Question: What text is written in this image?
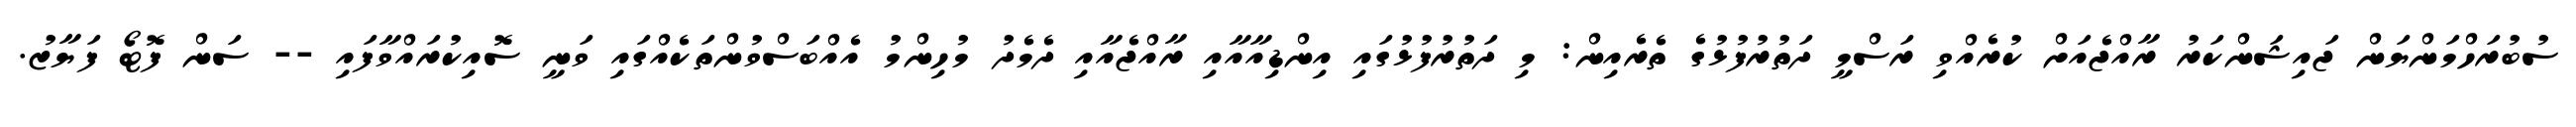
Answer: ސުބުރަހްމަންޔަން ޖައިޝަންކަރު ރާއްޖެއަށް ކުރެއްވި ރަސްމީ ދަތުރުފުޅުގެ ތެރެއިން: މި ދަތުރުފުޅުގައި އިންޑިއާއާއި ރާއްޖެއާއި ދެމެދު މުހިންމު އެއްބަސްވުންތަކެއްގައި ވަނީ ސޮއިކުރައްވާފައި -- ސަން ފޮޓޯ ފަޔާޒު.